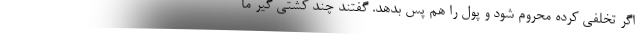
اگر تخلفی کرده محروم شود و پول را هم پس بدهد. گفتند چند کشتی گیر ما